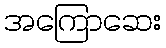
အကြောဆေး